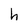
Character: h